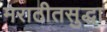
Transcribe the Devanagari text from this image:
मराठीतसुद्धा